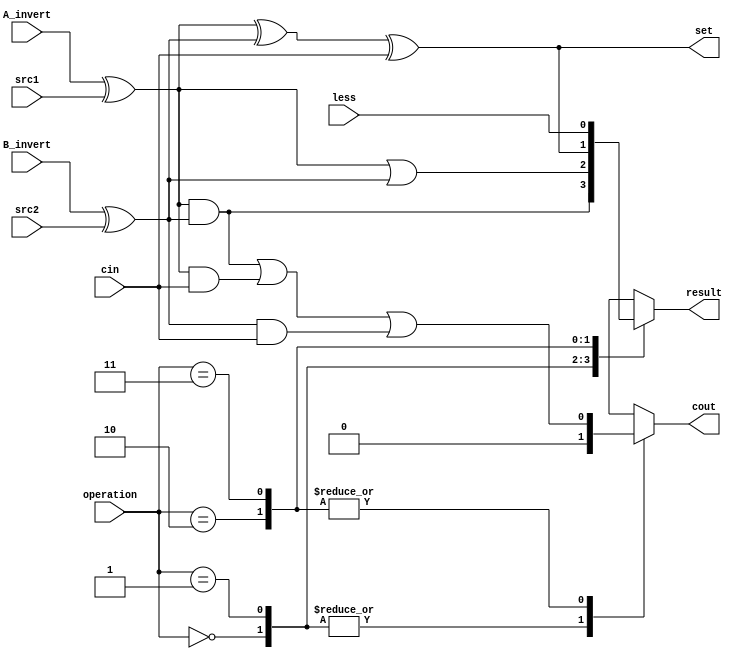
`timescale 1ns/1ps
//alu_last
//////////////////////////////////////////////////////////////////////////////////
// Company: 
// Engineer: 
// 
// Design Name: 	 109550136
// Module Name:    alu_top 
// Project Name: 
// Target Devices: 
// Tool versions: 
// Description: 
//
// Dependencies: 
//
// Revision: 
// Revision 0.01 - File Created
// Additional Comments: 
//
//////////////////////////////////////////////////////////////////////////////////

module alu_last(
               src1,       //1 bit source 1 (input)
               src2,       //1 bit source 2 (input)
               less,       //1 bit less     (input)
               A_invert,   //1 bit A_invert (input)
               B_invert,   //1 bit B_invert (input)
               cin,        //1 bit carry in (input)
               operation,  //operation      (input)
               result,     //1 bit result   (output)
               cout,       //1 bit carry out(output)
               set
               );

input         src1;
input         src2;
input         less;
input         A_invert;
input         B_invert;
input         cin;
input [2-1:0] operation;

output        result;
output        cout;
output        set;

reg           result;
reg cout;
wire src1_temp,src2_temp;

assign src1_temp = A_invert ^ src1;
assign src2_temp = B_invert ^ src2;
assign set = src1_temp ^ src2_temp ^ cin;

always@( * )
begin
    case(operation)
		2'b00: begin
			result = src1_temp & src2_temp;
			cout = 0;
		end
		2'b01:begin
			result = src1_temp | src2_temp;
			cout = 0;
		end
		
		2'b10:begin
			result = src1_temp ^ src2_temp ^ cin;
			cout = (src1_temp&src2_temp) | (src1_temp&cin) | (src2_temp&cin); 
		end
		
		2'b11:begin
			result = less;
			cout = (src1_temp&src2_temp) | (src1_temp&cin) | (src2_temp&cin); 
		end
	endcase
    
end

endmodule